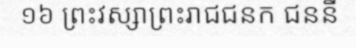
១៦ ព្រះវស្សាព្រះរាជជនក ជននី